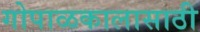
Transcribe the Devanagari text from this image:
गोपाळकालासाठी